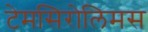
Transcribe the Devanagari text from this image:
टेमसिरोलिमस